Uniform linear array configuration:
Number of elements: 48
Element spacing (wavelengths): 0.75
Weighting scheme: binomial
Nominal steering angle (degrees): -15
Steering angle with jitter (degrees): -16.302
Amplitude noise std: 0.05
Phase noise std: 0.05

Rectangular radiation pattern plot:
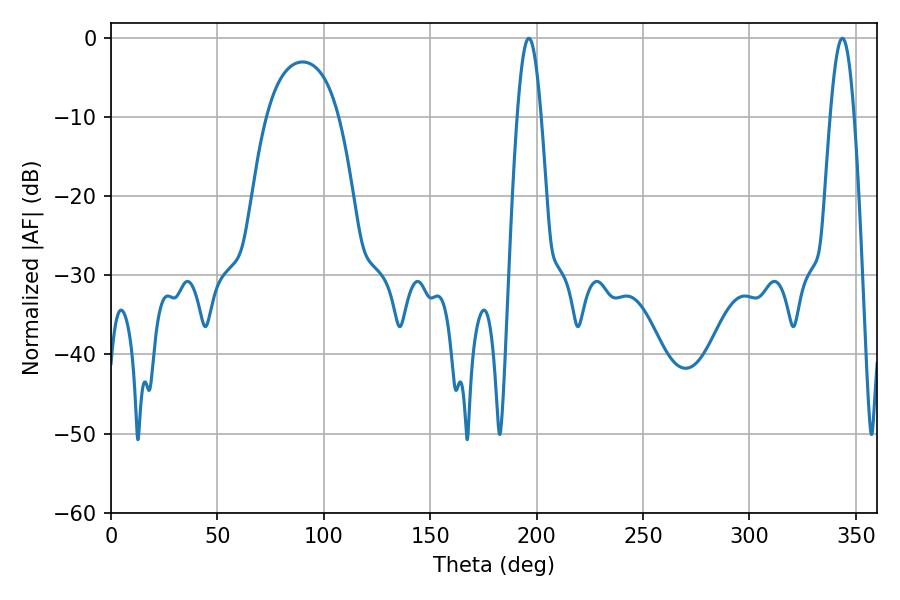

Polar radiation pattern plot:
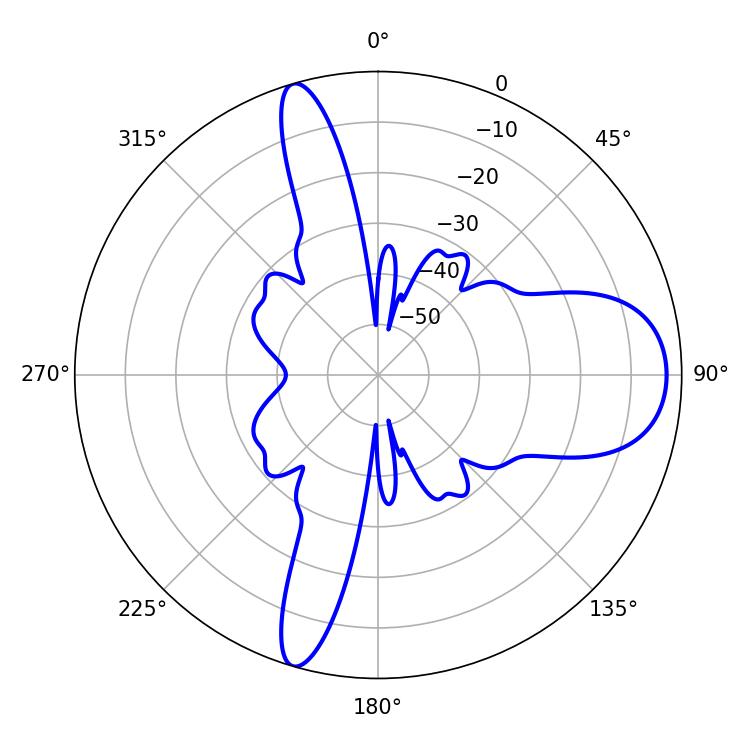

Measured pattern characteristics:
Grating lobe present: TRUE
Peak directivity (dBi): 11.363
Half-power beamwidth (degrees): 6.12
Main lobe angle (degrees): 196.38